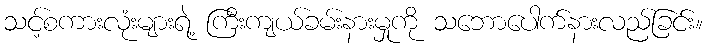
သင့်စကားလုံးများရဲ့ ကြီးကျယ်ခမ်းနားမှုကို သဘောပေါက်နားလည်ခြင်း။